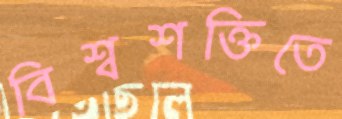
বিশ্বশক্তিতে